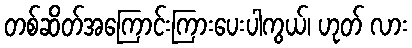
တစ်ဆိတ်အကြောင်းကြားပေးပါကွယ်၊ ဟုတ် လား